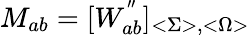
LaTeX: M_{ab}=[W_{ab}^{^{\prime\prime}}]_{<\Sigma>,<\Omega>}